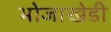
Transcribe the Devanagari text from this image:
भोजाखेडी